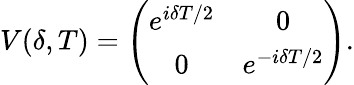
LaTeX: V(\delta,T)=\left(\begin{array}{cc}{e^{i\delta T/2}}&{0}\\ {0}&{e^{-i\delta T/2}}\end{array}\right).